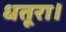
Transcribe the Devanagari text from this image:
धतूरा।